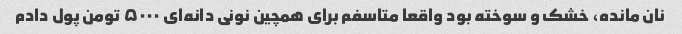
نان مانده، خشک و سوخته بود واقعا متاسفم برای همچین نونی دانه‌ای ۵۰۰۰ تومن پول دادم